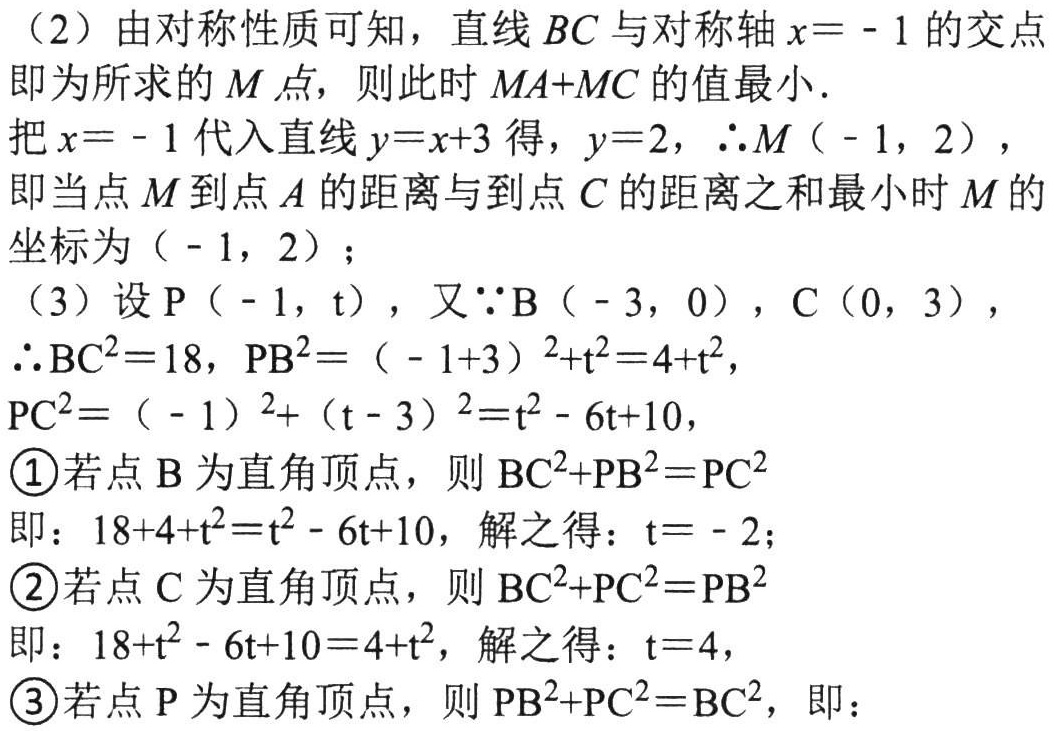
（2）由对称性质可知，直线 \(BC\) 与对称轴 \(x = - 1\) 的交点即为所求的 \(M\) 点，则此时 \(MA + MC\) 的值最小.
把 \(x = - 1\) 代入直线 \(y = x + 3\) 得，\(y = 2\)，\(\therefore M(-1,2)\)，
即当点 \(M\) 到点 \(A\) 的距离与到点 \(C\) 的距离之和最小时 \(M\) 的坐标为 \((-1,2)\)；
（3）设 \(P(-1,t)\)，又\(\because B(-3,0)\)，\(C(0,3)\)，
\(\therefore BC^{2}=18\)，\(PB^{2}=(-1 + 3)^{2}+t^{2}=4 + t^{2}\)，
\(PC^{2}=(-1)^{2}+(t - 3)^{2}=t^{2}-6t + 10\)，
\textcircled{1}若点 \(B\) 为直角顶点，则 \(BC^{2}+PB^{2}=PC^{2}\)
即：\(18 + 4 + t^{2}=t^{2}-6t + 10\)，解之得：\(t=-2\)；
\textcircled{2}若点 \(C\) 为直角顶点，则 \(BC^{2}+PC^{2}=PB^{2}\)
即：\(18 + t^{2}-6t + 10=4 + t^{2}\)，解之得：\(t = 4\)，
\textcircled{3}若点 \(P\) 为直角顶点，则 \(PB^{2}+PC^{2}=BC^{2}\)，即：